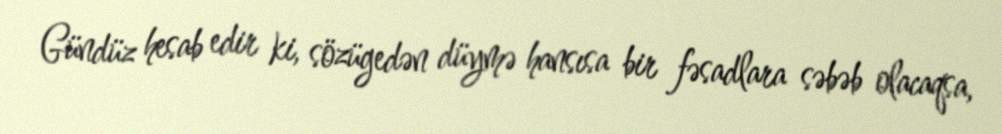
Gündüz hesab edir ki, sözügedən düymə hansısa bir fəsadlara səbəb olacaqsa,